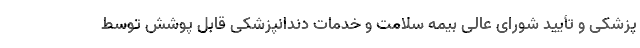
پزشکی و تأیید شورای عالی بیمه سلامت و خدمات دندانپزشکی قابل پوشش توسط